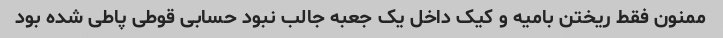
ممنون فقط ریختن بامیه و کیک داخل یک جعبه جالب نبود حسابی قوطی پاطی شده بود